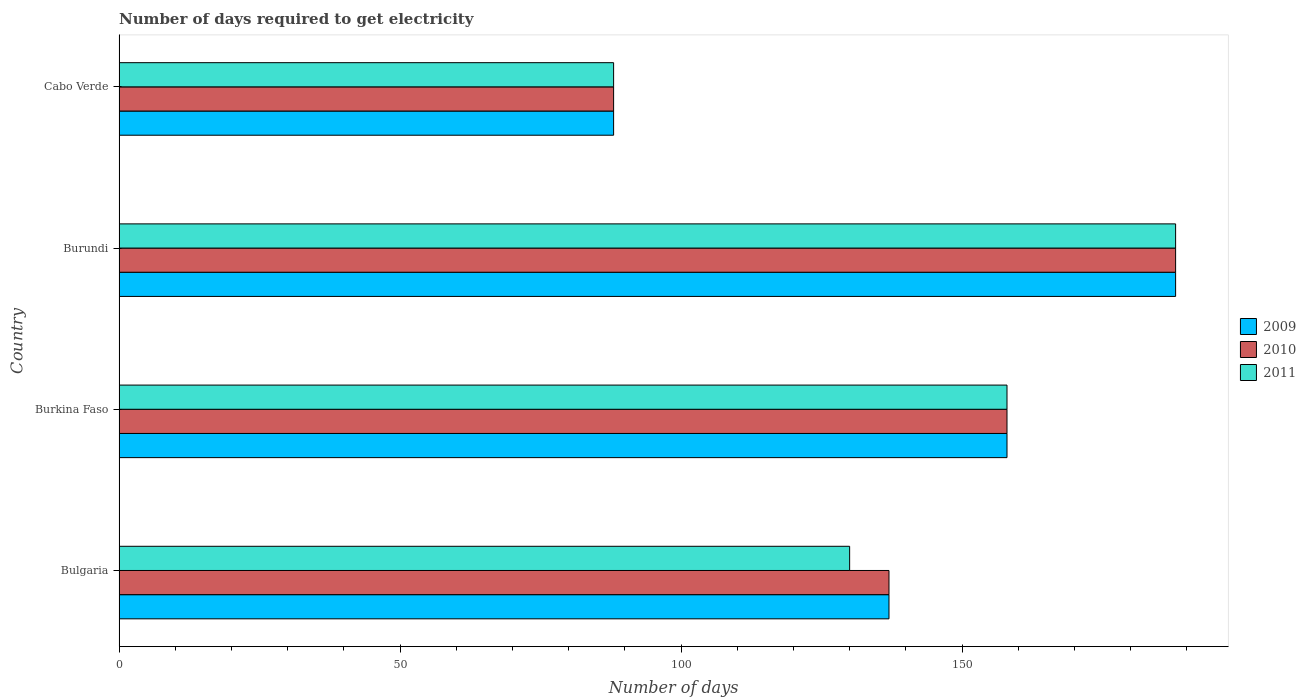
| Country | 2009 | 2010 | 2011 |
 | --- | --- | --- | --- |
 | Bulgaria | 137 | 137 | 130 |
 | Burkina Faso | 158 | 158 | 158 |
 | Burundi | 188 | 188 | 188 |
 | Cabo Verde | 88 | 88 | 88 |